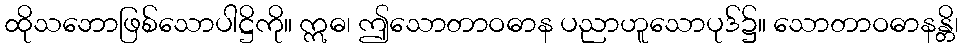
ထိုသဘောဖြစ်သောပါဋ္ဌိကို။ ဣဓ၊ ဤသောတာဝဓာန ပညာဟူသောပုဒ်၌။ သောတာဝဓာနန္တိ၊